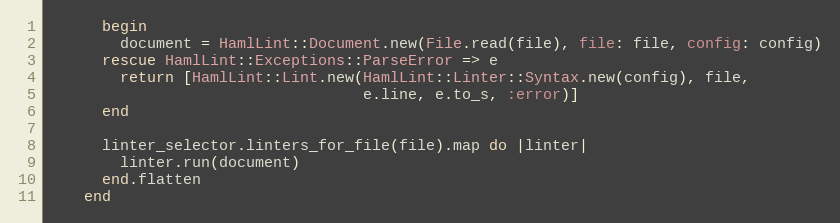
Language: Ruby
      begin
        document = HamlLint::Document.new(File.read(file), file: file, config: config)
      rescue HamlLint::Exceptions::ParseError => e
        return [HamlLint::Lint.new(HamlLint::Linter::Syntax.new(config), file,
                                   e.line, e.to_s, :error)]
      end

      linter_selector.linters_for_file(file).map do |linter|
        linter.run(document)
      end.flatten
    end